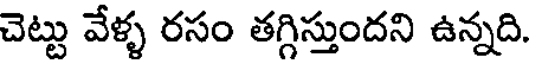
చెట్టు వేళ్ళ రసం తగ్గిస్తుందని ఉన్నది.